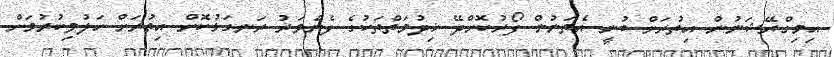
އިމިގްރޭޝަނުން އިތުރަށް ބުނީ އެތަނުން ފޯރުކޮށްދޭ ޚިދުމަތްތަކުގެ ފެންވަރު ރަނގަޅުކޮށް އިތުރަށް ހަލުވިކުރުމަށް